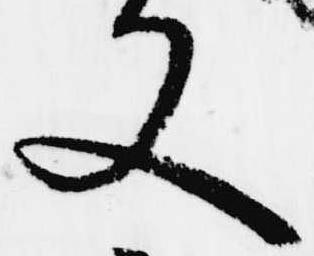
又